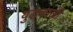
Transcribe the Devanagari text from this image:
युद्धकाळी